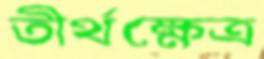
তীর্থক্ষেত্র